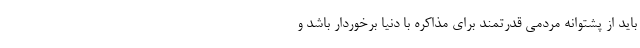
باید از پشتوانه مردمی قدرتمند برای مذاکره با دنیا برخوردار باشد و